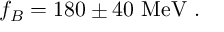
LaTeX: f _ { B } = 1 8 0 \pm 4 0 \ \mathrm { M e V } \ .